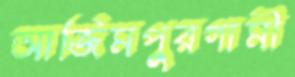
আজিমপুরগামী